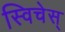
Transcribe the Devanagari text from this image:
स्विचेस्